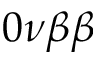
0 \nu \beta \beta